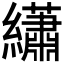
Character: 𬘎